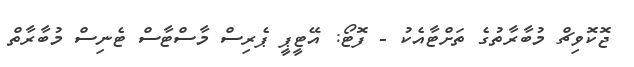
ޖޮކޮވިޗް މުބާރާތުގެ ތަށްޓާއެކު - ފޮޓޯ: އޭޓީޕީ ޕެރިސް މާސްޓާސް ޓެނިސް މުބާރާތް